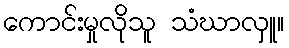
ကောင်းမှုလိုသူ သံဃာလှူ။